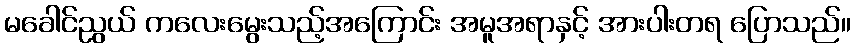
မခေါင်ညွယ် ကလေးမွေးသည့်အကြောင်း အမူအရာနှင့် အားပါးတရ ပြောသည်။